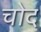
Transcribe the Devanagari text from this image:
चोद